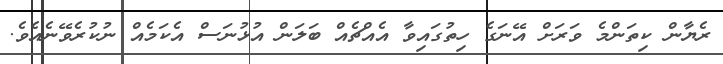
ރެޔާން ކިތަންމެ ވަރަށް އޭނަގެ ހިތުގައިވާ އެއްޗެއް ބަލަން އުޅުނަސް އެކަމެއް ނުކުރެވޭނެއެވެ.